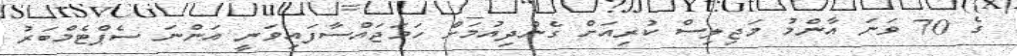
ގެ 70 ވަނަ އާންމު މަޖިލިސް ކުރިއަށް ގެންދިއުމަށް ހަމަޖައްސާފައިވަނީ އަންނަ ސެޕްޓެމްބަރު